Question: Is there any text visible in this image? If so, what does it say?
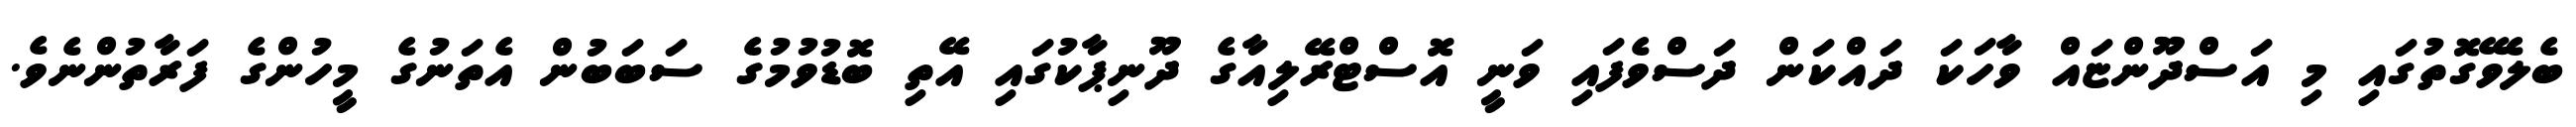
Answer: ބެލެވޭގޮތުގައި މި އަސްދޫންޏައް ވާހަކަ ދައްކަން ދަސްވެފައި ވަނީ އޮސްޓްރޭލިއާގެ ދޫނިޕާކުގައި އޭތި ބޮޑުވުމުގެ ސަބަބުން އެތަނުގެ މީހުންގެ ފަރާތުންނެވެ.